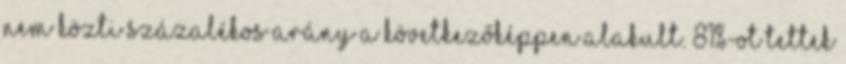
nem közti százalékos arány a következőképpen alakult. 81%-ot tettek